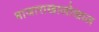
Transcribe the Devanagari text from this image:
बाजाराखालोखाल